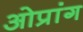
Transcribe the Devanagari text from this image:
ओप्रांग